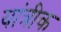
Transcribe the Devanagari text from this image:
यांत्रीक